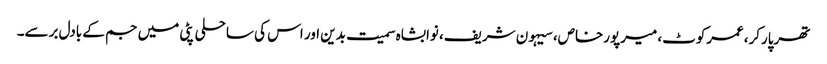
تھرپارکر،عمرکوٹ، میرپورخاص، سیہون شریف، نوابشاہ سمیت بدین اور اس کی ساحلی پٹی میں جم کے بادل برسے۔